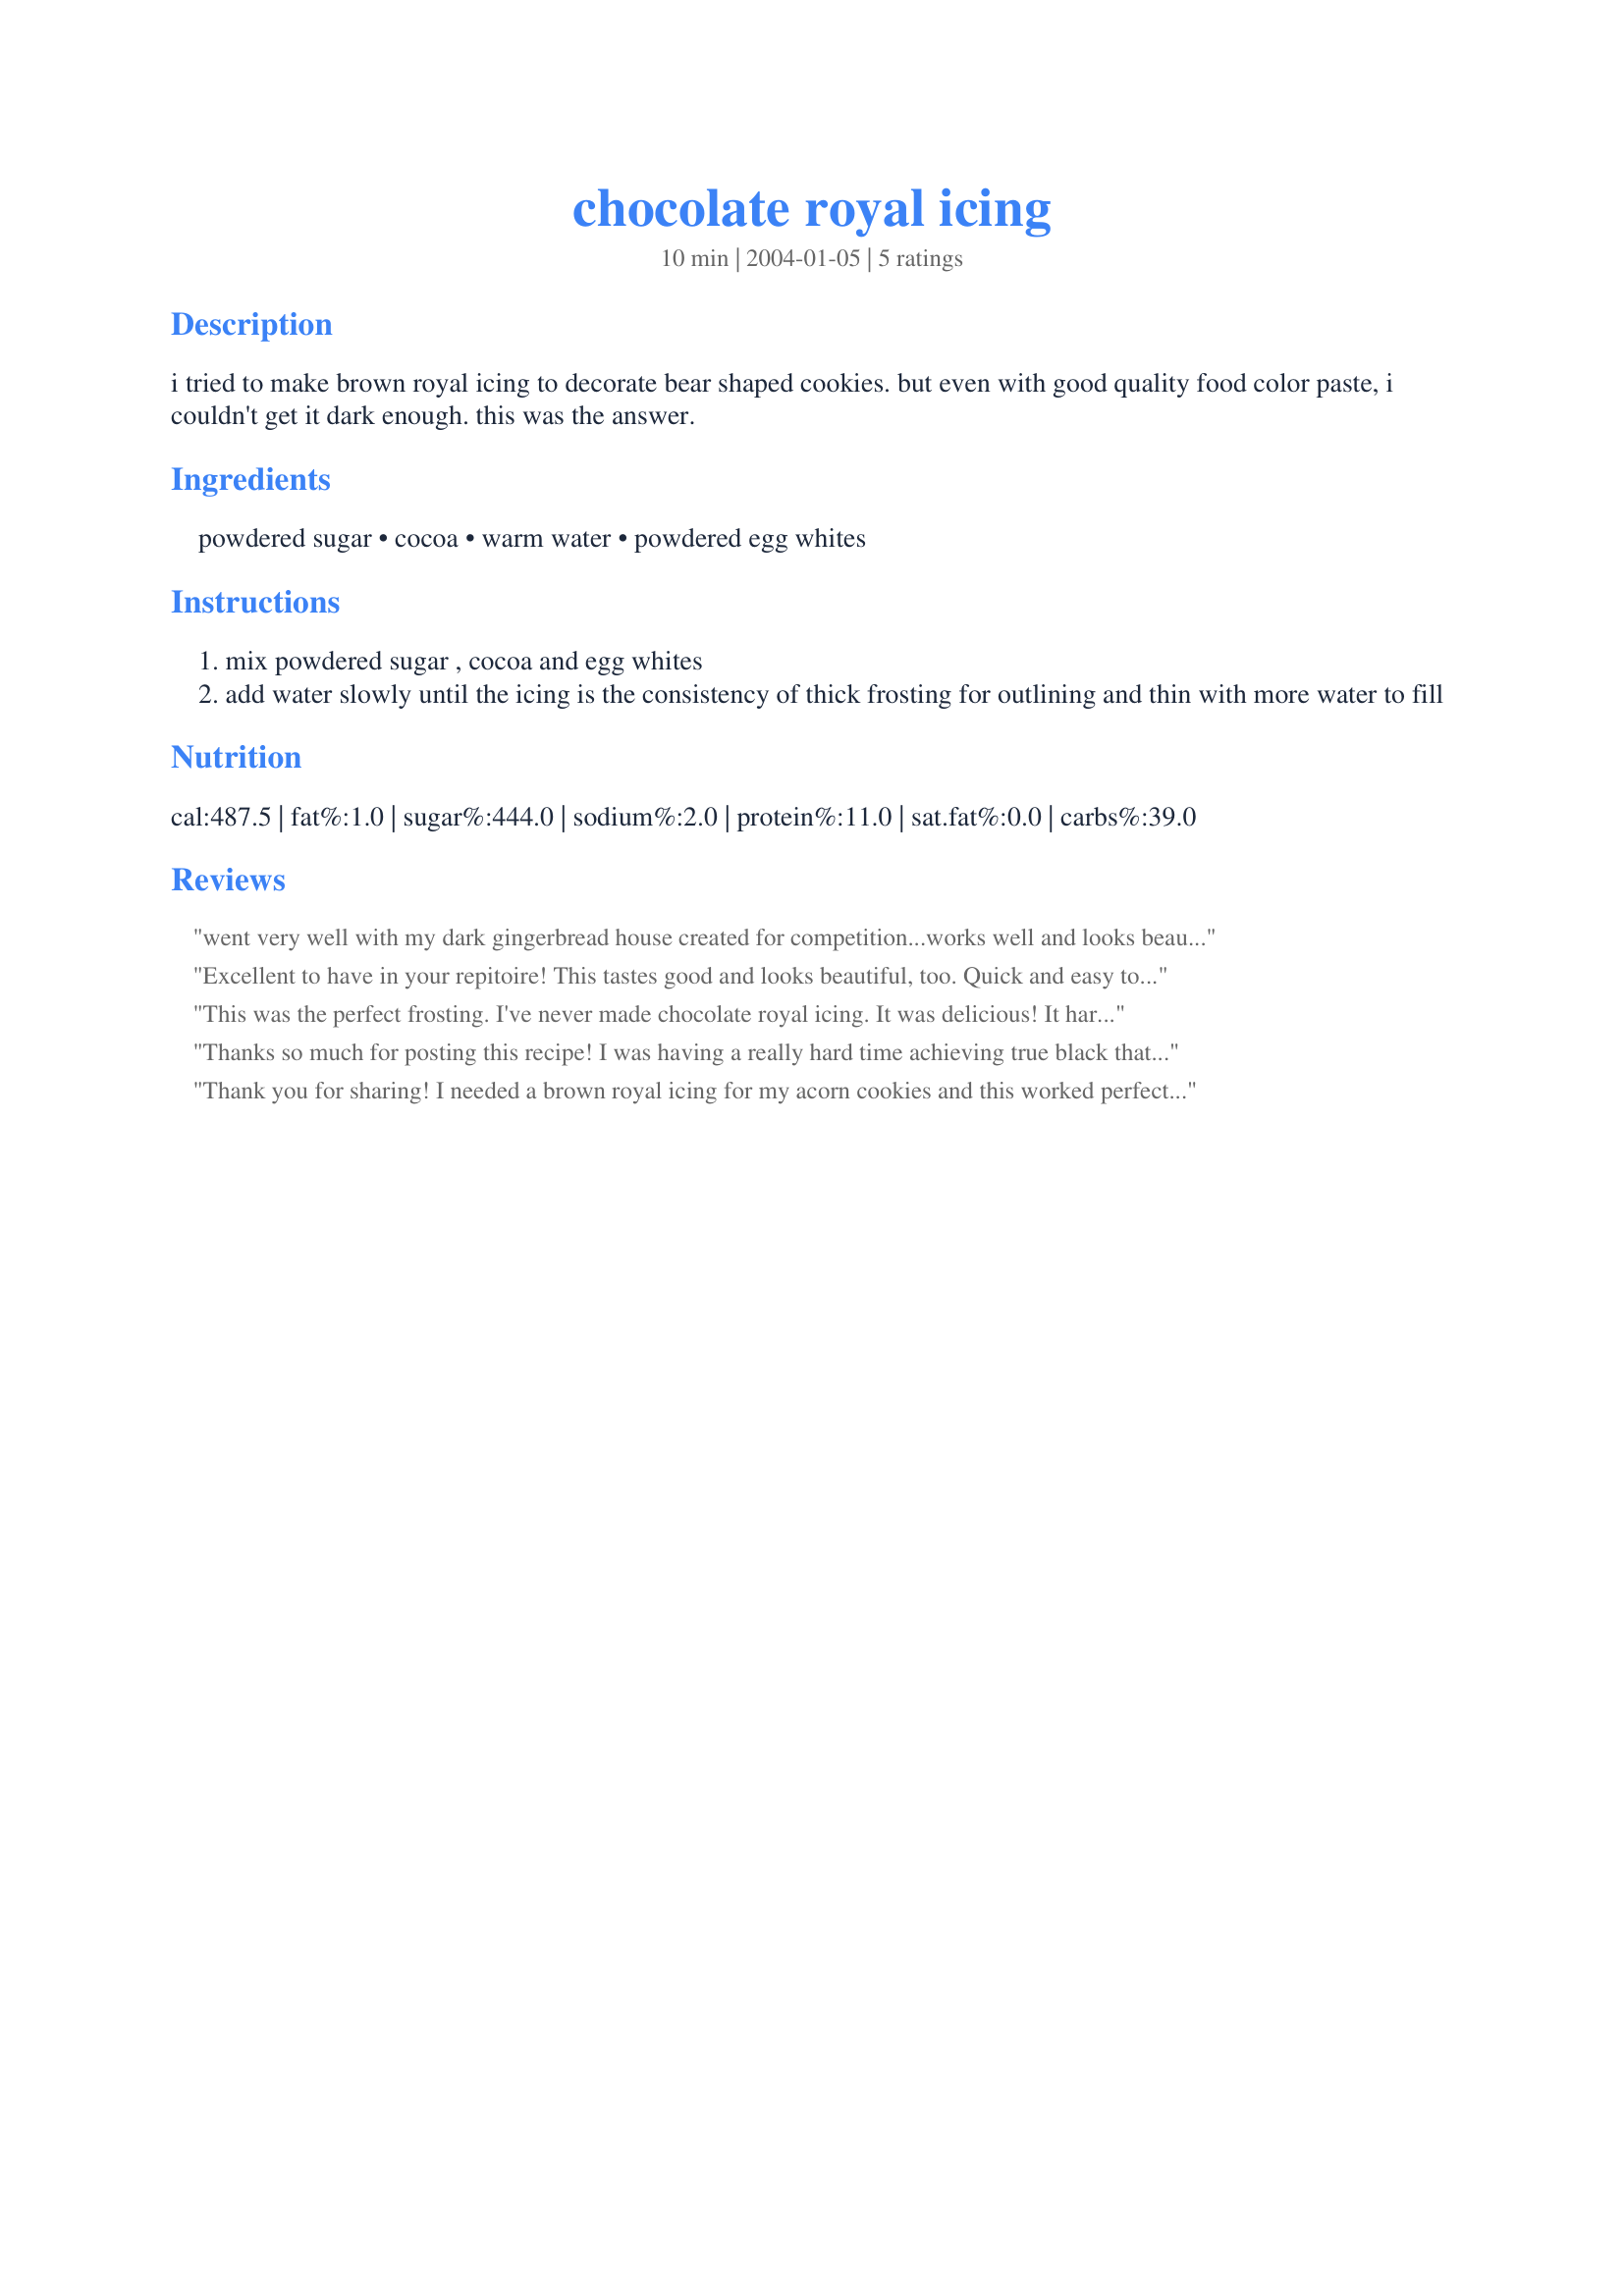
chocolate royal icing
Preparation time: 10 minutes

i tried to make brown royal icing to decorate bear shaped cookies. but even with good quality food color paste, i couldn't get it dark enough. this was the answer.

Ingredients:
powdered sugar, cocoa, warm water, powdered egg whites

Steps:
mix powdered sugar , cocoa and egg whites
add water slowly until the icing is the consistency of thick frosting for outlining and thin with more water to fill

Reviews:
went very well with my dark gingerbread house created for competition...works well and looks beautiful.
Excellent to have in your repitoire! This tastes good and looks beautiful, too. Quick and easy to make.
This was the perfect frosting. I've never made chocolate royal icing. It was delicious! It hardened perfectly on my sugar cookies. I will definitely make this frosting again!
Thanks so much for posting this recipe! I was having a really hard time achieving true black that wasn't bitter with my regular royal icing recipe. This worked like a charm! And tasted great too :)
Thank you for sharing! I needed a brown royal icing for my acorn cookies and this worked perfect. The original recipe worked creat for the color of the body of the acorn, then I added a bit of black gel food coloring to deepen the color for the cap. Great tastin also!!
